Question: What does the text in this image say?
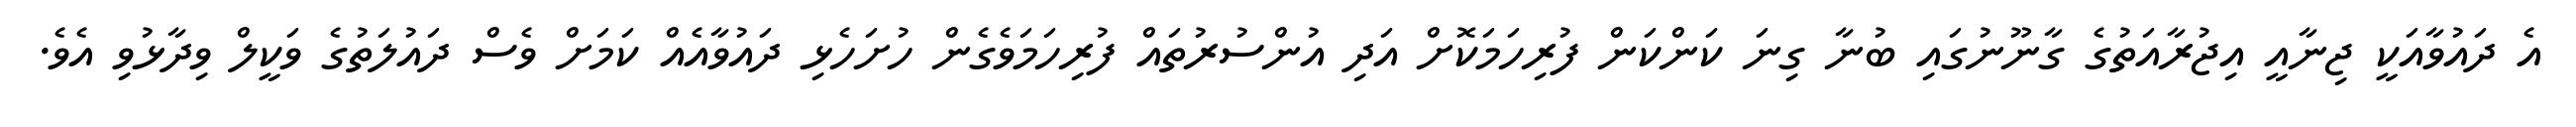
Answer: އެ ދައުވާއަކީ ޖިނާއީ އިޖުރާއަތުގެ ގާނޫނުގައި ބުނާ ގިނަ ކަންކަން ފުރިހަމަކޮށް އަދި އުންސުރުތައް ފުރިހަމަވެގެން ހުށަހެޅި ދައުވާއެއް ކަމަށް ވެސް ދައުލަތުގެ ވަކީލް ވިދާޅުވި އެވެ.